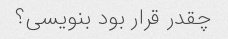
چقدر قرار بود بنویسی؟